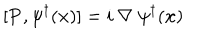
LaTeX: [ { \bf { P } } , \psi ^ { \dagger } ( { \bf { x } } ) ] = i \mathrm { ~ } \nabla \mathrm { ~ } \psi ^ { \dagger } ( { \bf { x } } )